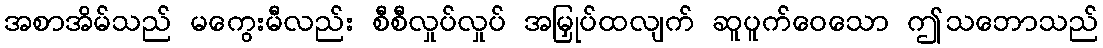
အစာအိမ်သည် မကွေးမီလည်း စီစီလှုပ်လှုပ် အမြှုပ်ထလျက် ဆူပူက်ဝေသော ဤသဘောသည်